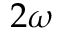
2 \omega